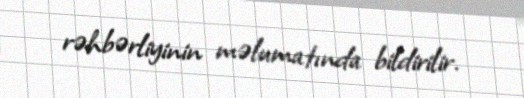
rəhbərliyinin məlumatında bildirilir.